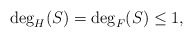
\begin{align*} \deg_H(S)=\deg_F(S)\leq 1,\end{align*}